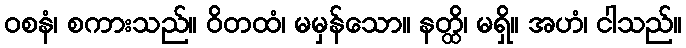
ဝစနံ၊ စကားသည်။ ဝိတထံ၊ မမှန်သော။ နတ္ထိ၊ မရှိ။ အဟံ၊ ငါသည်။